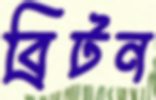
ব্রিটন